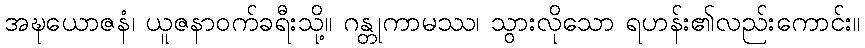
အဍ္ဎယောဇနံ၊ ယူဇနာဝက်ခရီးသို့။ ဂန္တုကာမဿ၊ သွားလိုသော ရဟန်း၏လည်းကောင်း။